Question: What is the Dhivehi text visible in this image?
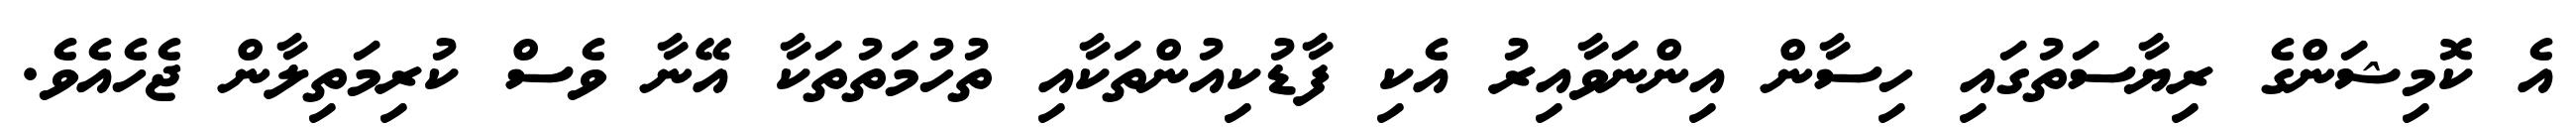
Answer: އެ ކޮމިޝަންގެ ރިޔާސަތުގައި ހިސާން އިންނަވާއިރު އެކި ފާޑުކިއުންތަކާއި ތުހުމަތުތަކާ އޭނާ ވެސް ކުރިމަތިލާން ޖެހެއެވެ.